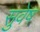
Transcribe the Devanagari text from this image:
सुवेष